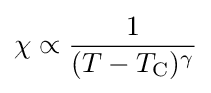
\chi \propto {\frac {1}{(T-T_{\rm {C}})^{\gamma }}}